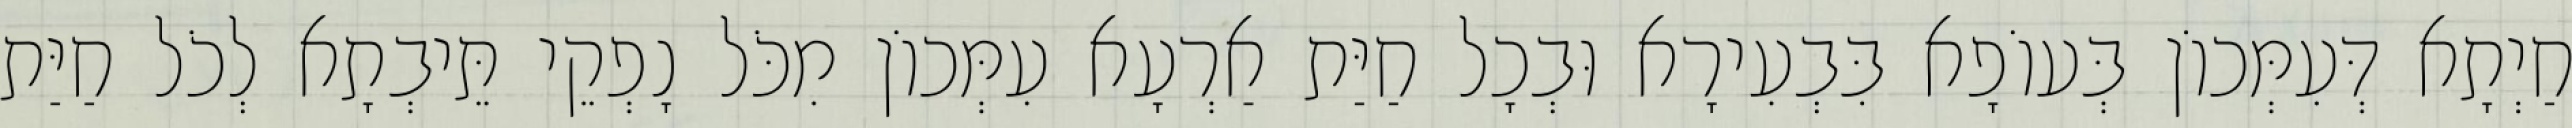
חַיְתָא דְּעִמְּכוֹן בְּעוֹפָא בִּבְעִירָא וּבְכָל חַיַּת אַרְעָא עִמְּכוֹן מִכֹּל נָפְקֵי תֵּיבְתָא לְכֹל חַיַּת